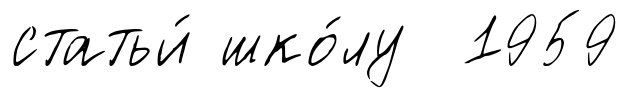
статьи́ шко́лу 1959